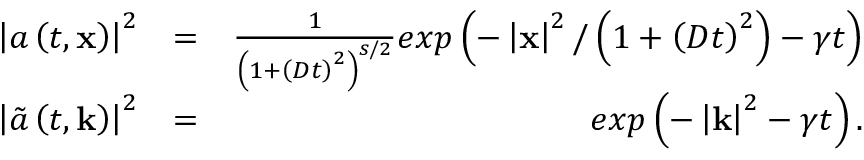
\begin{array} { r l r } { \left| a \left( t , \mathbf { x } \right) \right| ^ { 2 } } & { = } & { \frac { 1 } { \left( 1 + \left( D t \right) ^ { 2 } \right) ^ { s / 2 } } e x p \left( - \left| \mathbf { x } \right| ^ { 2 } / \left( 1 + \left( D t \right) ^ { 2 } \right) - \gamma t \right) } \\ { \left| \tilde { a } \left( t , \mathbf { k } \right) \right| ^ { 2 } } & { = } & { e x p \left( - \left| \mathbf { k } \right| ^ { 2 } - \gamma t \right) . } \end{array}